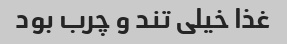
غذا خیلی تند و چرب بود